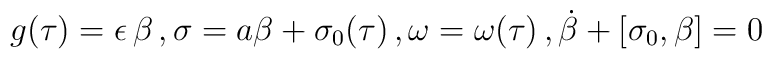
g(\tau) = \epsilon \, \beta \, , \sigma = a \beta + \sigma_{0}(\tau) \, ,\omega = \omega(\tau) \, , \dot{\beta} + [\sigma_{0},\beta] =0